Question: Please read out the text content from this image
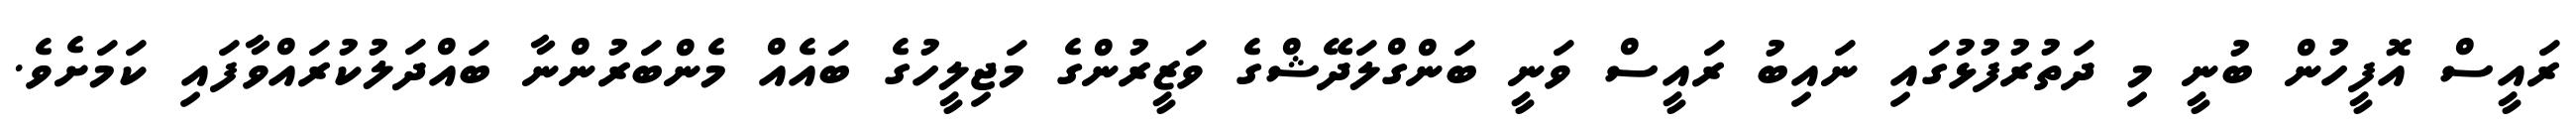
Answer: ރައީސް އޮފީހުން ބުނީ މި ދަތުރުފުޅުގައި ނައިބު ރައީސް ވަނީ ބަންގްލަދޭޝްގެ ވަޒީރުންގެ މަޖިލީހުގެ ބައެއް މެންބަރުންނާ ބައްދަލުކުރައްވާފައި ކަމަށެވެ.